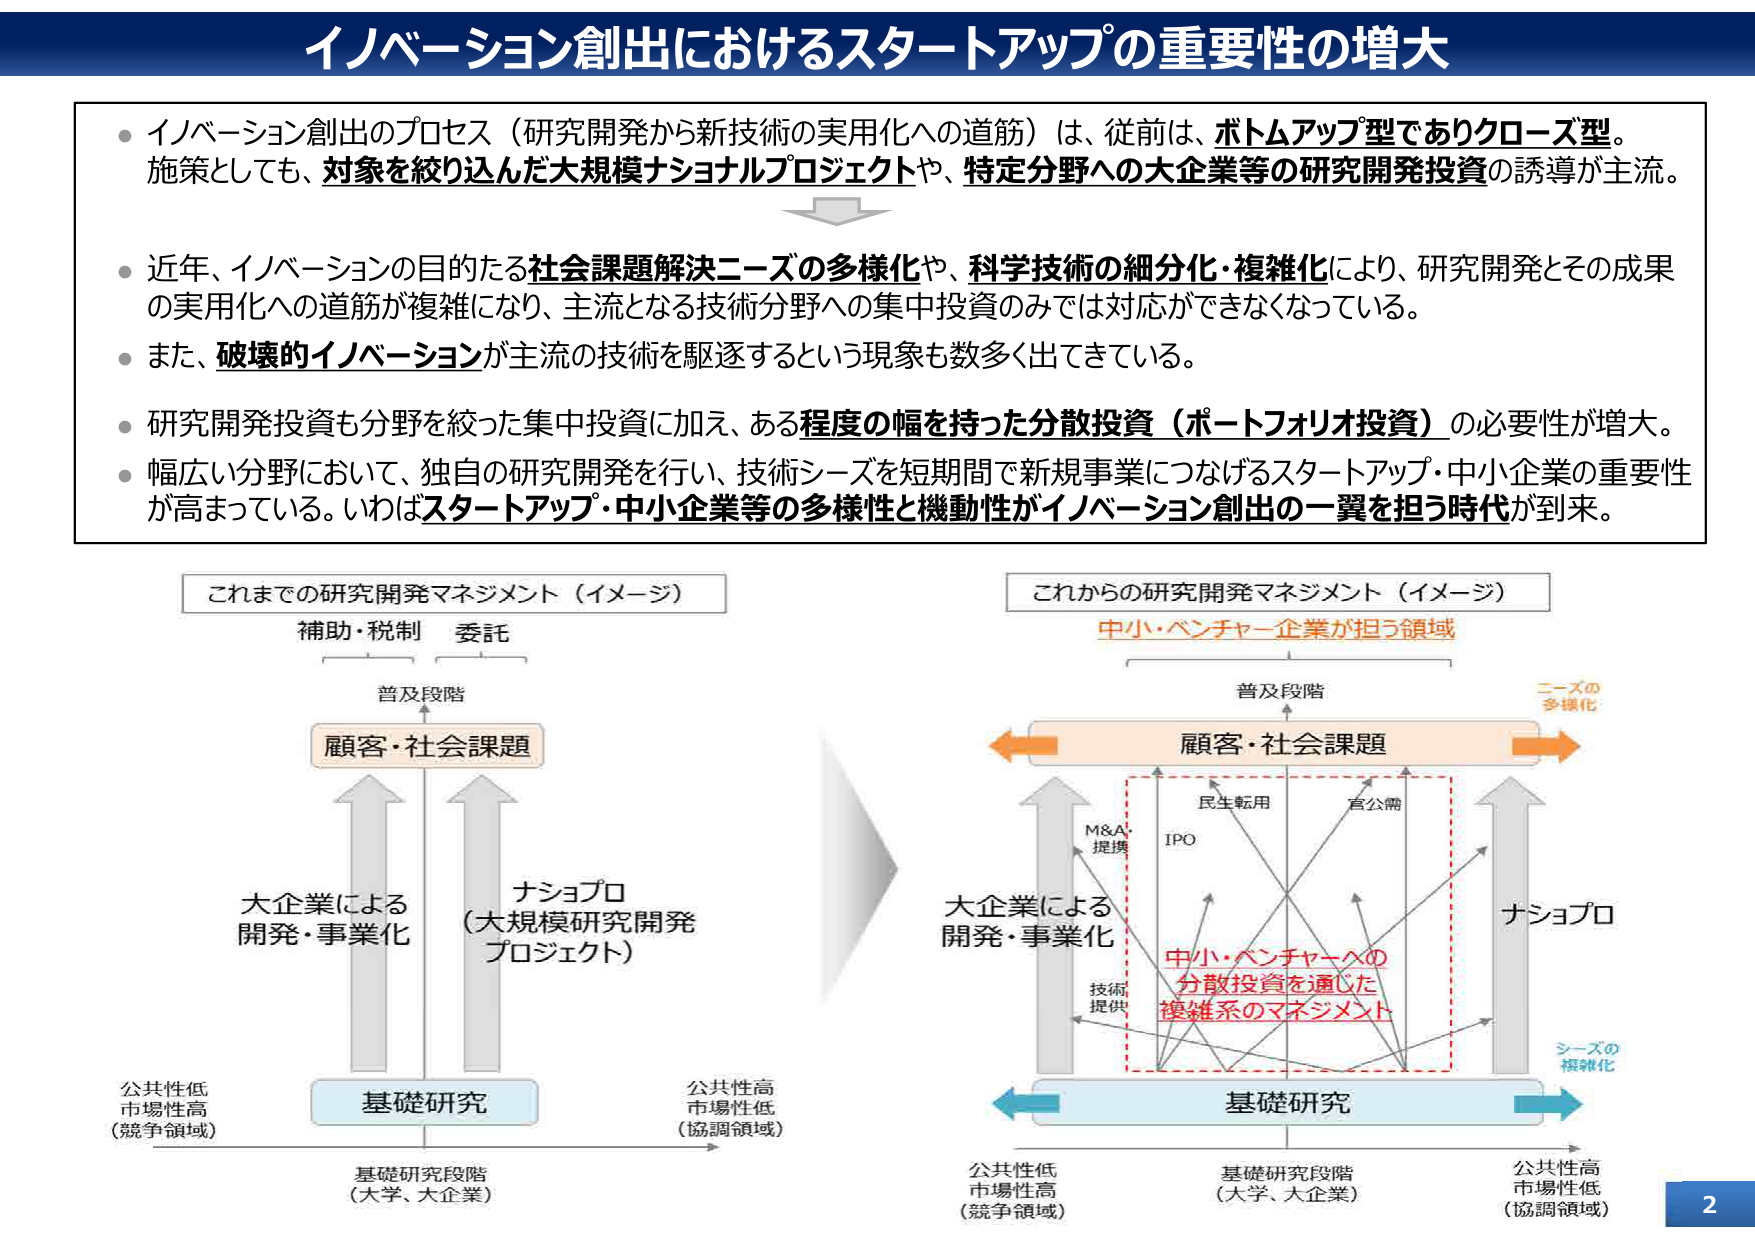
イノベーション創出におけるスタートアップの重要性の増大

・イノベーション創出のプロセス（研究開発から新技術の実用化への道筋）は、従前は、ボトムアップ型でありクローズ型。施策としても、対象を絞り込んだ大規模ナショナルプロジェクトや、特定分野への大企業等の研究開発投資の誘導が主流。

・近年、イノベーションの目的たる社会課題解決ニーズの多様化や、科学技術の細分化・複雑化により、研究開発とその成果の実用化への道筋が複雑になり、主流となる技術分野への集中投資のみでは対応ができなくなっている。

・また、破壊的イノベーションが主流の技術を駆逐するという現象も数多く出てきている。

・研究開発投資も分野を絞った集中投資に加え、ある程度の幅を持った分散投資（ポートフォリオ投資）の必要性が増大。

・幅広い分野において、独自の研究開発を行い、技術シーズを短期間で新規事業につなげるスタートアップ・中小企業の重要性が高まっている。いわばスタートアップ・中小企業等の多様性と機動性がイノベーション創出の一翼を担う時代が到来。

これまでの研究開発マネジメント（イメージ）
補助・税制 委託
普及段階
顧客・社会課題
大企業による
開発・事業化
ナショプロ
（大規模研究開発
プロジェクト）
公共性低
市場性高
（競争領域）
基礎研究
基礎研究段階
（大学、大企業）
公共性高
市場性低
（協調領域）

これからの研究開発マネジメント（イメージ）
中小・ベンチャー企業が担う領域
普及段階
顧客・社会課題
ニーズの
多様化
大企業による
開発・事業化
ナショプロ
M&A・
提携
IPO
民生転用
官公需
技術
提供
中小・ベンチャーへの
分散投資を通じた
複雑系のマネジメント
シーズの
複雑化
基礎研究
公共性低
市場性高
（競争領域）
基礎研究段階
（大学、大企業）
公共性高
市場性低
（協調領域）

2